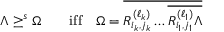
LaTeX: \Lambda \geq ^ { s } \Omega \qquad \mathrm { i f f } \quad \Omega = \overline { { { R _ { i _ { k } , j _ { k } } ^ { ( \ell _ { k } ) } \dots \overline { { { R _ { i _ { 1 } , j _ { 1 } } ^ { ( \ell _ { 1 } ) } \Lambda } } } } } }